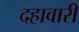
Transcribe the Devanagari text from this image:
दहावारी